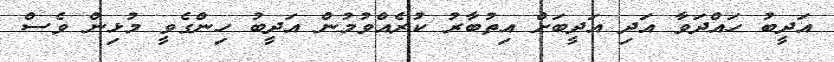
އަދީބު ހައްދަވާ އަދި އަދީބަށް އިތުބާރު ކުރެއްވުމުން އަދީބު ހިންގެވީ މުޅިން ވެސް